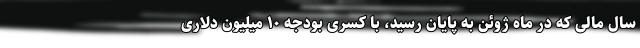
سال مالی که در ماه ژوئن به پایان رسید، با کسری بودجه ۱۰ میلیون دلاری